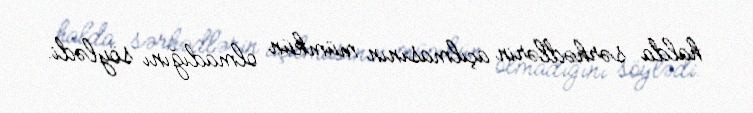
halda sərhədlərin açılmasının mümkün olmadığını söylədi.